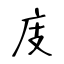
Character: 庋